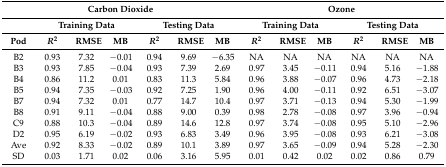
| <COLSPAN=7> Carbon Dioxide | <COLSPAN=6> Ozone |
 |  | <COLSPAN=3> Training Data | <COLSPAN=3> Testing Data | <COLSPAN=3> Training Data | <COLSPAN=3> Testing Data |
 | Pod | R2 | RMSE | MB | R2 | RMSE | MB | R2 | RMSE | MB | R2 | RMSE | MB |
 | --- | --- | --- | --- | --- | --- | --- | --- | --- | --- | --- | --- | --- |
 | B2 | 0.93 | 7.32 | −0.01 | 0.94 | 9.69 | −6.35 | NA | NA | NA | NA | NA | NA |
 | B3 | 0.93 | 7.85 | −0.04 | 0.93 | 7.39 | 2.69 | 0.97 | 3.45 | −0.11 | 0.94 | 5.16 | −1.88 |
 | B4 | 0.86 | 11.2 | 0.01 | 0.83 | 11.3 | 5.84 | 0.96 | 3.88 | −0.07 | 0.96 | 4.73 | −2.18 |
 | B5 | 0.94 | 7.35 | −0.03 | 0.92 | 7.25 | 1.90 | 0.96 | 4.00 | −0.11 | 0.92 | 6.51 | −3.07 |
 | B7 | 0.94 | 7.32 | 0.01 | 0.77 | 14.7 | 10.4 | 0.97 | 3.71 | −0.13 | 0.94 | 5.30 | −1.99 |
 | B8 | 0.91 | 9.11 | −0.04 | 0.88 | 9.00 | 0.39 | 0.98 | 2.78 | −0.08 | 0.97 | 3.96 | −0.94 |
 | C9 | 0.88 | 10.3 | −0.04 | 0.89 | 14.6 | 12.8 | 0.97 | 3.74 | −0.08 | 0.95 | 5.10 | −2.96 |
 | D2 | 0.95 | 6.19 | −0.02 | 0.93 | 6.83 | 3.49 | 0.96 | 3.95 | −0.08 | 0.93 | 6.21 | −3.08 |
 | Ave | 0.92 | 8.33 | −0.02 | 0.89 | 10.1 | 3.89 | 0.97 | 3.65 | −0.09 | 0.94 | 5.28 | −2.30 |
 | SD | 0.03 | 1.71 | 0.02 | 0.06 | 3.16 | 5.95 | 0.01 | 0.42 | 0.02 | 0.02 | 0.86 | 0.79 |